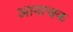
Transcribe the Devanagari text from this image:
आनाचक